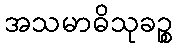
အသမာဓိသုခဉ္စ